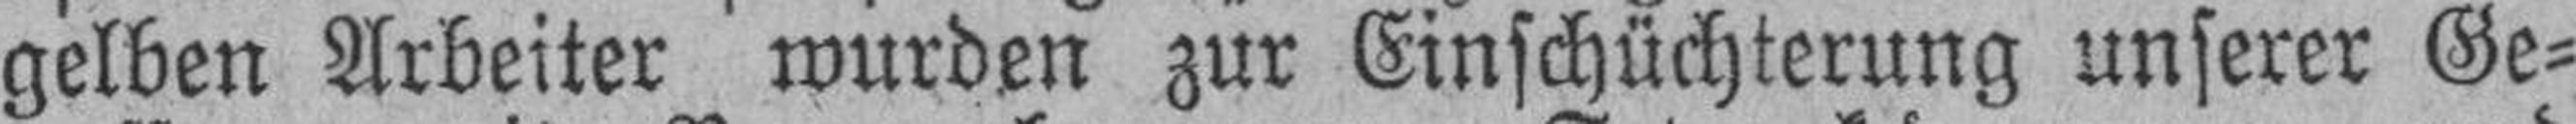
gelben Arbeiter wurden zur Einschüchterung unserer Ge¬